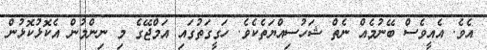
އެވެ. އެއީވެސް ބޭނުމެއް ނެތް ޝަހުސިއްޔަތެކެވެ. ހަގީގަތުގައި އަމްޖޭގެ މި ނިންމުން އެކޮޅުކޮޅުން